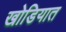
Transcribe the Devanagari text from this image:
खोडियात